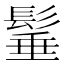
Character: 𩭦